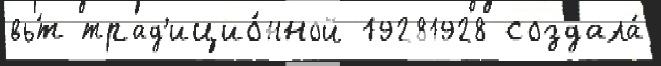
вь́т трад'ицио́нной 19281928 создала́